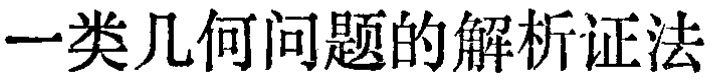
一类几何问题的解析证法